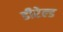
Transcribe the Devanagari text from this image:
डीरेल्ड